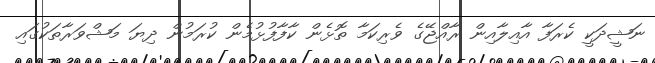
ނަޝީދަކީ ކެރަފާ އާއިލާއިން ރާއްޖޭގެ ވެރިކަމާ ތޮޅެން ކާފާފުޅުމެން ކުރަމުން ދިޔަ މަޝްވަރާތަކުގައި